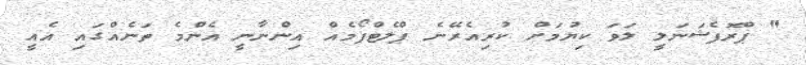
" ޕްރޮފެޝަނަލީ ލަވަ ކިޔުމަށް ކުރިއެރޭނެ ޕްލެޓްފޯމެއް އިންނާނީ އެންމެ ތަނެއްގައި އެއީ